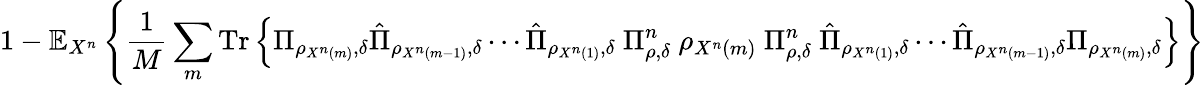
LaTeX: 1-\mathbb{E}_{X^{n}}\left\{ {\frac{1}{M}}\sum_{m}{\mathrm{Tr}}\left\{ \Pi_{\rho_{X^{n}\left(m\right)},\delta}{\hat{\Pi}}_{\rho_{X^{n}\left(m-1\right)},\delta}\cdots{\hat{\Pi}}_{\rho_{X^{n}\left(1\right)},\delta}\ \Pi_{\rho,\delta}^{n}\ \rho_{X^{n}\left(m\right)}\ \Pi_{\rho,\delta}^{n}\ {\hat{\Pi}}_{\rho_{X^{n}\left(1\right)},\delta}\cdots{\hat{\Pi}}_{\rho_{X^{n}\left(m-1\right)},\delta}\Pi_{\rho_{X^{n}\left(m\right)},\delta}\right\} \right\}